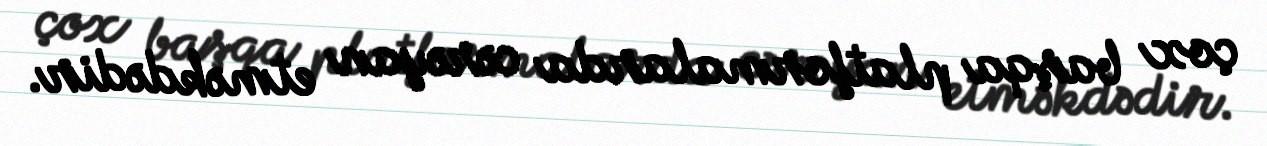
çox başqa platformalarda cərəyan etməkdədir.